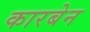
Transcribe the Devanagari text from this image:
कारबेन